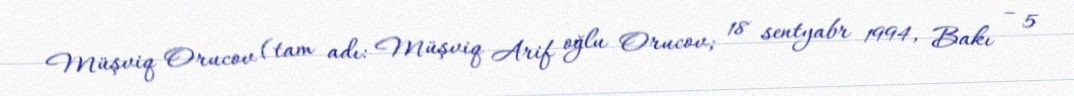
Müşviq Orucov (tam adı: Müşviq Arif oğlu Orucov; 18 sentyabr 1994, Bakı – 5